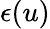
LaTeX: \epsilon(u)